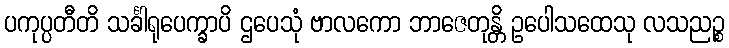
ပကုပ္ပတီတိ သင်္ခါရုပေက္ခာပိ ဌပေသုံ ဗာလကော ဘာဇေတုန္တိ ဥပေါသထေသု လသညဉ္စ